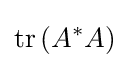
\operatorname {tr} \left(A^{*}A\right)